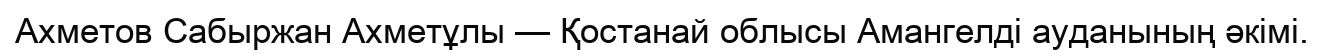
Ахметов Сабыржан Ахметұлы — Қостанай облысы Амангелді ауданының әкімі.